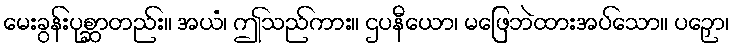
မေးခွန်းပုစ္ဆာတည်း။ အယံ၊ ဤသည်ကား။ ဌပနီယော၊ မဖြေဘဲထားအပ်သော။ ပဉှော၊